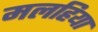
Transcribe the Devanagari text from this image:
मलहिया